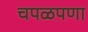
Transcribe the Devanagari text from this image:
चपळपणा